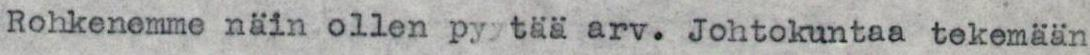
Rohkenemme näin ollen pyytää arv. Johtokuntaa tekemään